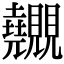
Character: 𧢬